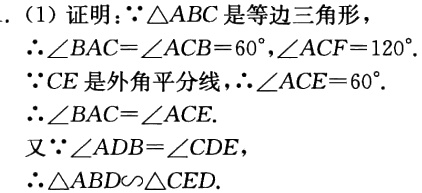
（1）证明：$\because\triangle ABC$是等边三角形，

$\therefore\angle BAC = \angle ACB = 60^{\circ},\angle ACF = 120^{\circ}$.

$\because CE$是外角平分线，$\therefore\angle ACE = 60^{\circ}$.

$\therefore\angle BAC=\angle ACE$.

又$\because\angle ADB=\angle CDE$，

$\therefore\triangle ABD\sim\triangle CED$.